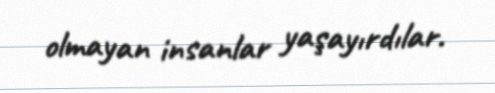
olmayan insanlar yaşayırdılar.